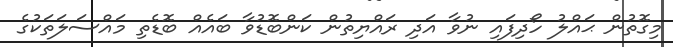
މިގޮތުން ޙައްލު ހޯދިފައި ނުވާ އަދި ރައްޔިތުން ކަންބޮޑުވާ ބައެއް ބޮޑެތި މައްސަލަތަކުގެ